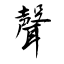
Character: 聲